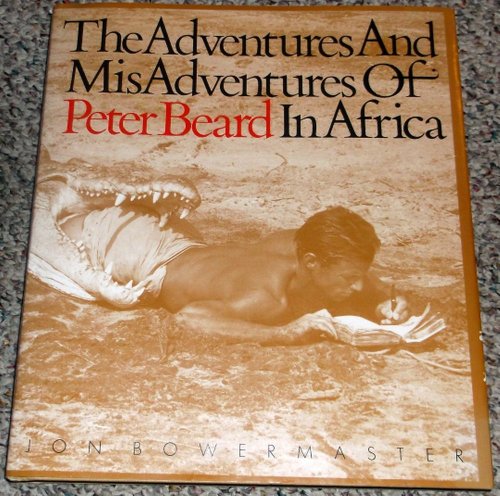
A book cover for The Adventures and Misadventures of Peter Beard in Africa; Jon Bowermaster; Travel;